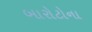
બારોટોના